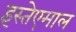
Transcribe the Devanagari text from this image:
इस्तेएमाल